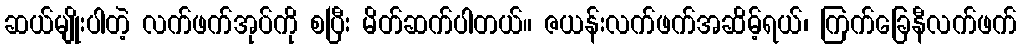
ဆယ်မျိုးပါတဲ့ လက်ဖက်အုပ်ကို စပြီး မိတ်ဆက်ပါတယ်။ ဇယန်းလက်ဖက်အဆိမ့်ရယ်၊ ကြက်ခြေနီလက်ဖက်